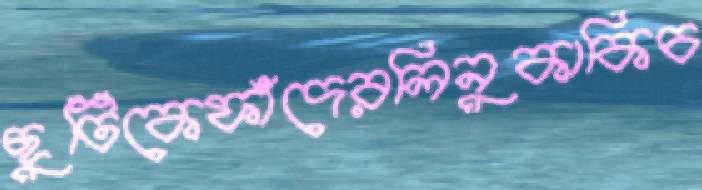
ছুটিকেফাঁদেরলিনুকাকিচ